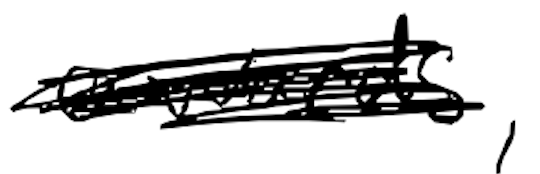
Text: awards,
Cross-out: mix
Writing tool: digital_black